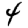
Digit: 4